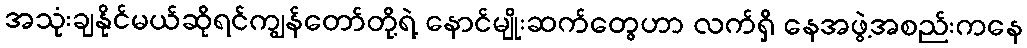
အသုံးချနိုင်မယ်ဆိုရင်ကျွန်တော်တို့ရဲ့ နောင်မျိုးဆက်တွေဟာ လက်ရှိ နေအဖွဲ့အစည်းကနေ